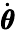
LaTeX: \dot{\pmb\theta}